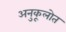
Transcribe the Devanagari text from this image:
अनुकूलोत